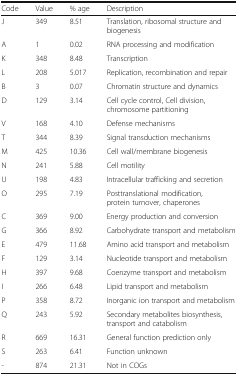
| Code | Value | % age | Description |
 | --- | --- | --- | --- |
 | J | 349 | 8.51 | Translation, ribosomal structure and biogenesis |
 | A | 1 | 0.02 | RNA processing and modification |
 | K | 348 | 8.48 | Transcription |
 | L | 208 | 5.017 | Replication, recombination and repair |
 | B | 3 | 0.07 | Chromatin structure and dynamics |
 | D | 129 | 3.14 | Cell cycle control, Cell division, chromosome partitioning |
 | V | 168 | 4.10 | Defense mechanisms |
 | T | 344 | 8.39 | Signal transduction mechanisms |
 | M | 425 | 10.36 | Cell wall/membrane biogenesis |
 | N | 241 | 5.88 | Cell motility |
 | U | 198 | 4.83 | Intracellular trafficking and secretion |
 | O | 295 | 7.19 | Posttranslational modification, protein turnover, chaperones |
 | C | 369 | 9.00 | Energy production and conversion |
 | G | 366 | 8.92 | Carbohydrate transport and metabolism |
 | E | 479 | 11.68 | Amino acid transport and metabolism |
 | F | 129 | 3.14 | Nucleotide transport and metabolism |
 | H | 397 | 9.68 | Coenzyme transport and metabolism |
 | I | 266 | 6.48 | Lipid transport and metabolism |
 | P | 358 | 8.72 | Inorganic ion transport and metabolism |
 | Q | 243 | 5.92 | Secondary metabolites biosynthesis, transport and catabolism |
 | R | 669 | 16.31 | General function prediction only |
 | S | 263 | 6.41 | Function unknown |
 | - | 874 | 21.31 | Not in COGs |